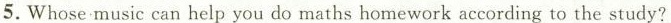
5.Whose music can help you do maths homework according to the study?